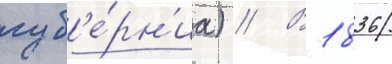
губ'е́рн'иа) // В 1836